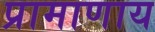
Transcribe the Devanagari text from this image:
प्रामाणाय